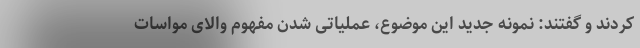
کردند و گفتند: نمونه جدید این موضوع، عملیاتی شدن مفهوم والای مواسات